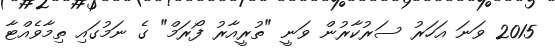
2015 ވަނަ އަހަރު ސަރުކާރުން ވަނީ "ތުރީއާރު ފޯރަމް" ގެ ނަމުގައި ތިމާވެއްޓާ